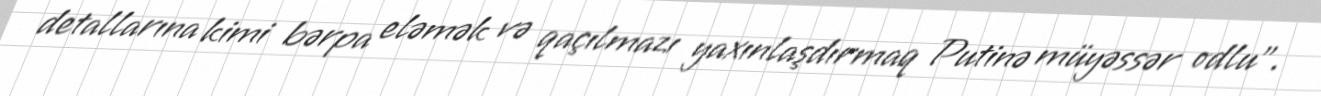
detallarına kimi bərpa eləmək və qaçılmazı yaxınlaşdırmaq Putinə müyəssər odlu”.